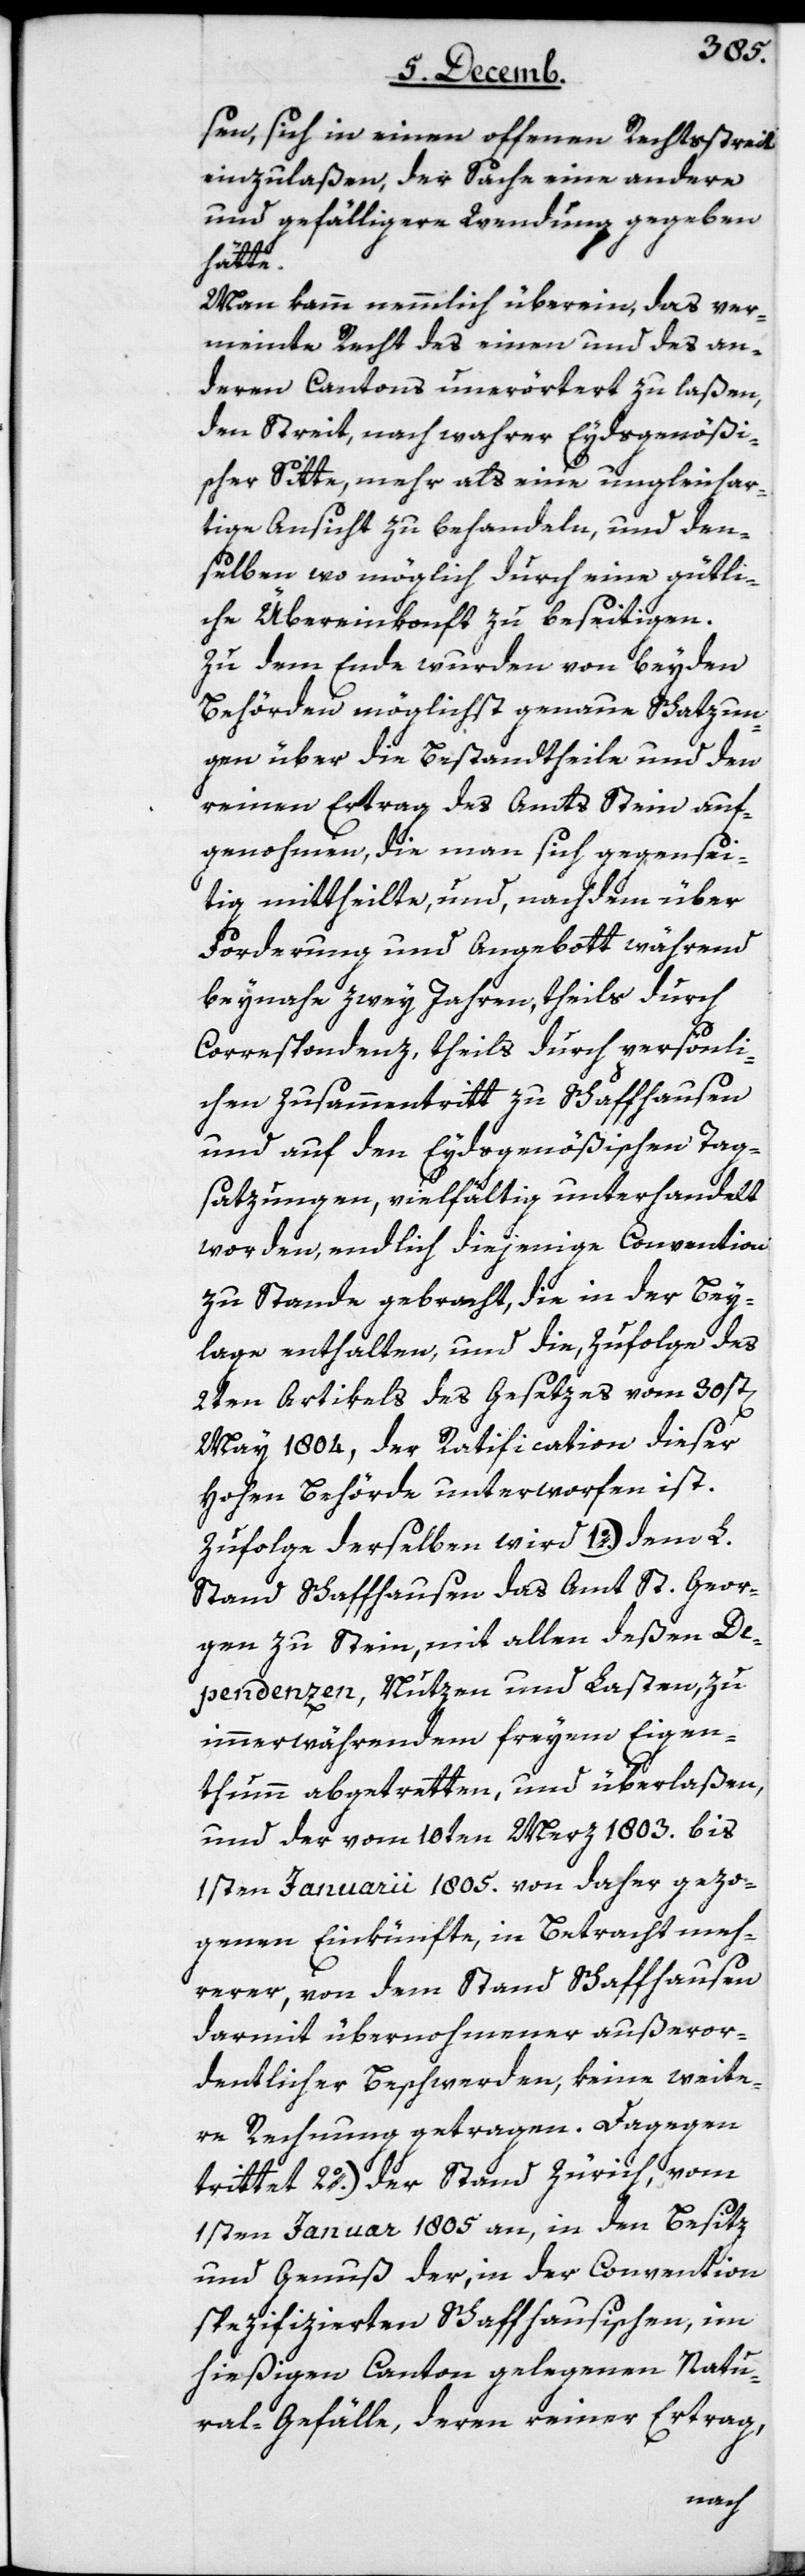
sen, sich in einen offenen Rechtsstreit
einzulaßen, der Sache eine andere
und gefälligere Wendung gegeben
hätte.
Man kam nemmlich überein, das ver¬
meinte Recht des einen und des an¬
deren Cantons unerörtert zu laßen,
den Streit, nach wahrer Eydsgenößi¬
scher Sitte, mehr als eine ungleichar¬
tige Ansicht zu behandeln, und den¬
selben wo möglich durch eine gütli¬
che Übereinkonft zu beseitigen.
Zu dem Ende wurden von beyden
Behörden möglichst genaue Schatzun¬
gen über die Bestandtheile und den
reinen Ertrag des Amts Stein auf¬
genohmen, die man sich gegensei¬
tig mittheilte, und nachdem über
Forderung und Angebot während
beynahe zwey Jahren, theils durch
Correspondenz, theils durch persönli¬
chen Zusammentritt zu Schaffhausen
und auf den Eydsgenößischen Tag¬
satzungen, vielfältig unterhandelt
worden, endlich diejenige Convention
zustande gebracht, die in der Bey¬
lage enthalten, und die zufolge des
2ten Artikels des Gesetzes vom 30st[en]
May 1804, der Ratification dieser
Hohen Behörde unterworfen ist.
Zufolge derselben wird 1o.) dem L.
Stand Schaffhausen das Amt St. Geor¬
gen zu Stein, mit allen deßen De¬
pendenzen, Nutzen und Lasten, zu
immerwährendem freyem Eigen¬
thumm abgetretten, und überlaßen,
und der vom 10ten Merz 1803. bis
1sten Januarii 1805. von daher gezo¬
genen Einkünfte, in Betracht meh¬
rerer, von dem Stand Schaffhausen
darmit übernommener außeror¬
dentlicher Beschwerden, keine weite¬
re Rechnung getragen. Dagegen
trittet 2o.) der Stand Zürich, vom
1sten Januar 1805 an, in den Besitz
und Genuß der, in der Convention
spezifizierten Schaffhausischen, im
hießigen Canton gelegenen Natu¬
ral-Gefälle, deren reiner Ertrag,